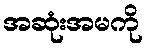
အဆုံးအမကို